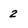
Character: 2